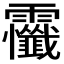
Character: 𲊔